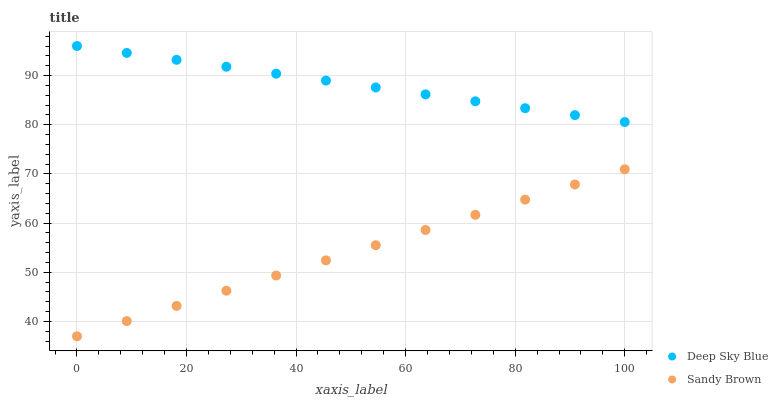
| xaxis_label | Deep Sky Blue | Sandy Brown |
 | --- | --- | --- |
 | 0 | 96 | 37 |
 | 9.09 | 94.6 | 40.1 |
 | 18.2 | 93.2 | 43.2 |
 | 27.3 | 91.8 | 46.3 |
 | 36.4 | 90.4 | 49.3 |
 | 45.5 | 89 | 52.4 |
 | 54.5 | 87.6 | 55.5 |
 | 63.6 | 86.2 | 58.6 |
 | 72.7 | 84.8 | 61.7 |
 | 81.8 | 83.4 | 64.8 |
 | 90.9 | 82 | 67.9 |
 | 100 | 80.5 | 70.9 |